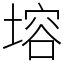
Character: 塎